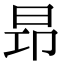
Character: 昻